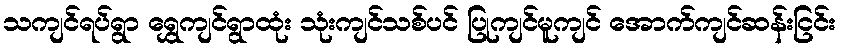
သကျင်ရပ်ရွာ ရွှေကျင်ရွာထုံး သုံးကျင်သစ်ပင် ပြုကျင်မူကျင် အောက်ကျင်ဆန်းငြင်း